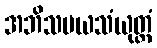
အဘိသမယသံယုတ္တံ